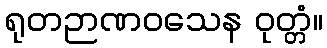
ရုတဉာဏဝသေန ဝုတ္တံ။